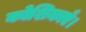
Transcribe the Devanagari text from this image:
कोशिकाएँ।